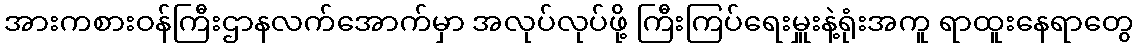
အားကစားဝန်ကြီးဌာနလက်အောက်မှာ အလုပ်လုပ်ဖို့ ကြီးကြပ်ရေးမှူးနဲ့ရုံးအကူ ရာထူးနေရာတွေ